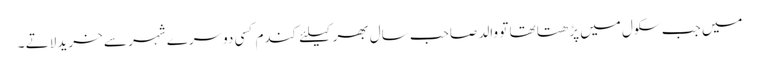
میں جب سکول میں پڑھتا تھا تو والد صاحب سال بھر کیلئے کندم کسی دوسرے شہر سے خرید لاتے ۔